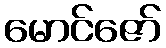
မောင်ဇော်